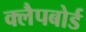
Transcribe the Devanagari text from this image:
क्लैपबोर्ड